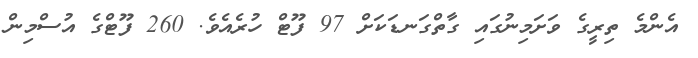
އެންމެ ތިރީގެ ވަށަމިނުގައި ގާތްގަނޑަކަށް 97 ފޫޓް ހުރެއެވެ. 260 ފޫޓްގެ އުސްމިން